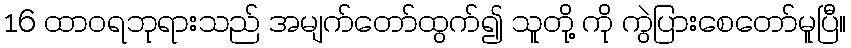
16 ထာဝရဘုရားသည် အမျက်တော်ထွက်၍ သူတို့ ကို ကွဲပြားစေတော်မူပြီ။